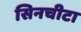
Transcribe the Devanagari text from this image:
सिनचीटा